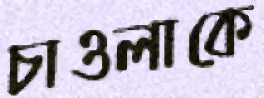
চাওলাকে